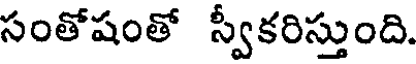
సంతోషంతో స్వీకరిస్తుంది.